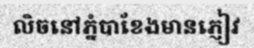
លិចនៅភ្នំបាខែងមានភ្ញៀវ